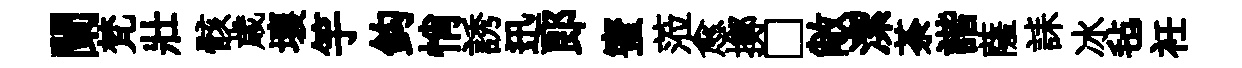
闌梵壯骸歳壤竽鈎悄誘迅郎蜜蒞愈擲□敞潔荼諧薩誄冰毡衽